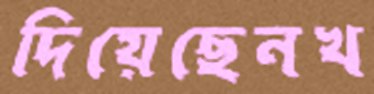
দিয়েছেনখ